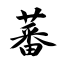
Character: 蕃